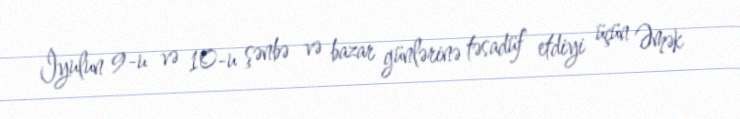
İyulun 9-u və 10-u şənbə və bazar günlərinə təsadüf etdiyi üçün Əmək